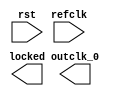
module iopll1 (
		input  wire  rst,      //   reset.reset
		input  wire  refclk,   //  refclk.clk
		output wire  locked,   //  locked.export
		output wire  outclk_0  // outclk0.clk
	);
endmodule